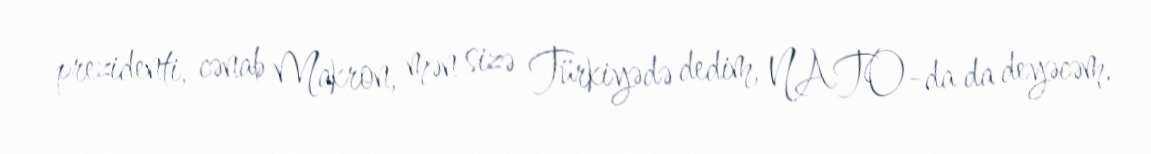
prezidenti, cənab Makron, mən sizə Türkiyədə dedim, NATO-da da deyəcəm.